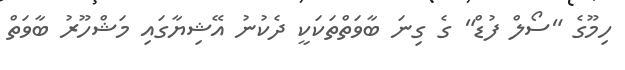
ހިމޫގެ "ސޯލް ފުޑް" ގެ ގިނަ ބާވަތްތަކަކީ ދެކުނު އޭޝިޔާގައި މަޝްހޫރު ބާވަތް